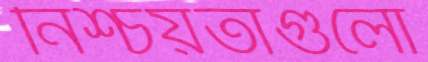
নিশ্চয়তাগুলো